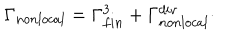
LaTeX: \Gamma _ { n o n l o c a l } = \Gamma _ { f i n } ^ { 3 } + \Gamma _ { n o n l o c a l } ^ { d i v } \cdot